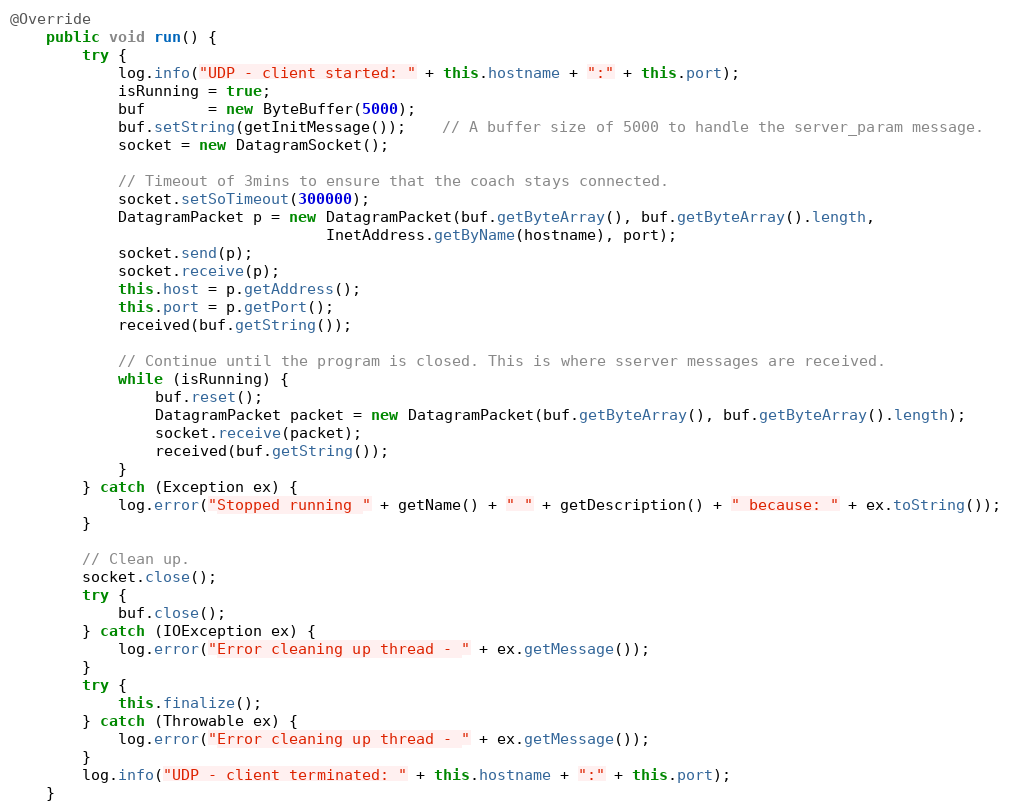
Language: Java
@Override
    public void run() {
        try {
            log.info("UDP - client started: " + this.hostname + ":" + this.port);
            isRunning = true;
            buf       = new ByteBuffer(5000);
            buf.setString(getInitMessage());    // A buffer size of 5000 to handle the server_param message.
            socket = new DatagramSocket();

            // Timeout of 3mins to ensure that the coach stays connected.
            socket.setSoTimeout(300000);
            DatagramPacket p = new DatagramPacket(buf.getByteArray(), buf.getByteArray().length,
                                   InetAddress.getByName(hostname), port);
            socket.send(p);
            socket.receive(p);
            this.host = p.getAddress();
            this.port = p.getPort();
            received(buf.getString());

            // Continue until the program is closed. This is where sserver messages are received.
            while (isRunning) {
                buf.reset();
                DatagramPacket packet = new DatagramPacket(buf.getByteArray(), buf.getByteArray().length);
                socket.receive(packet);
                received(buf.getString());
            }
        } catch (Exception ex) {
            log.error("Stopped running " + getName() + " " + getDescription() + " because: " + ex.toString());
        }

        // Clean up.
        socket.close();
        try {
            buf.close();
        } catch (IOException ex) {
            log.error("Error cleaning up thread - " + ex.getMessage());
        }
        try {
            this.finalize();
        } catch (Throwable ex) {
            log.error("Error cleaning up thread - " + ex.getMessage());
        }
        log.info("UDP - client terminated: " + this.hostname + ":" + this.port);
    }